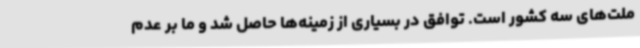
ملت‌های سه کشور است. توافق در بسیاری از زمینه‌ها حاصل شد و ما بر عدم